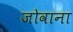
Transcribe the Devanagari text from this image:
जोवाना